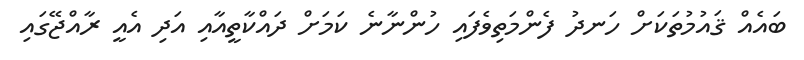
ބައެއް ޤައުމުތަކަށް ހަނދު ފެންމަތިވެފައި ހުންނާނެ ކަމަށް ދައްކާތީއާއި އަދި އެއީ ރާއްޖޭގައި